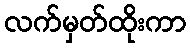
လက်မှတ်ထိုးကာ